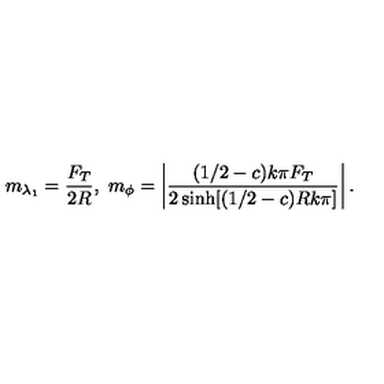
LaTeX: m _ { \lambda _ { 1 } } = \frac { F _ { T } } { 2 R } , \ m _ { \phi } = \left| \frac { ( 1 / 2 - c ) k \pi F _ { T } } { 2 \sinh [ ( 1 / 2 - c ) R k \pi ] } \right| .